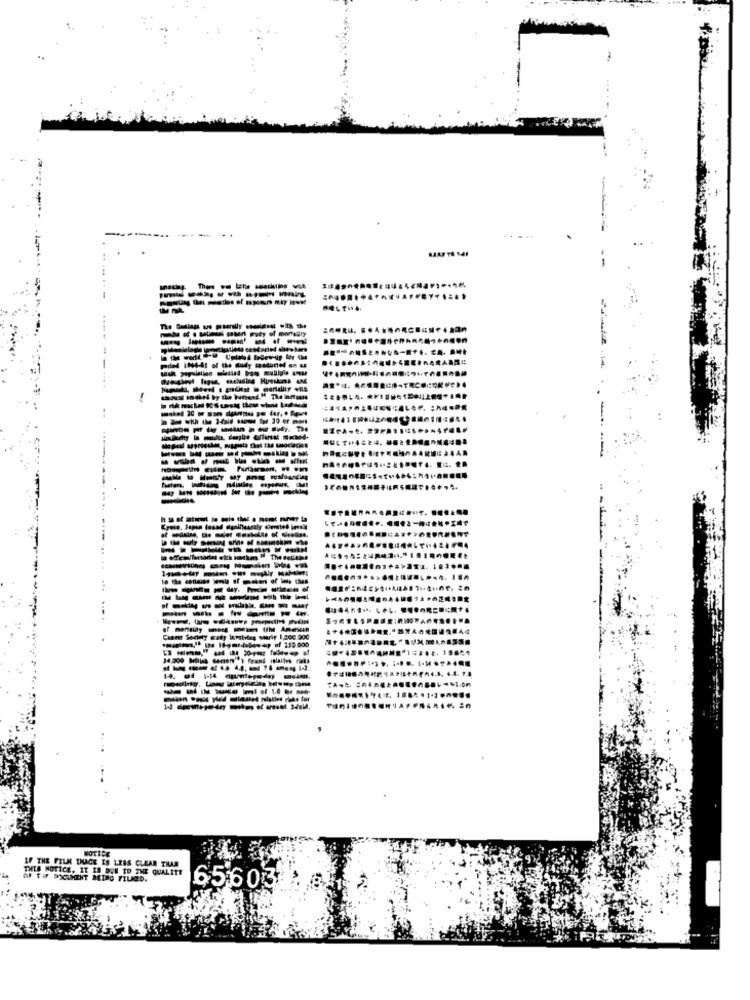
--
-
- --------
------
--------
1 -------
--------
-------
------ ---
NOTICE
IF THE FILM THACE IS LESS CLEAR THAN
THIS NOTICE. IT IS DUE TO THE QUALITY
OF F-F DOCUMENT BEING FILMED.
65603